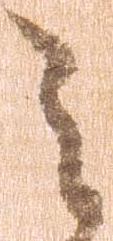
之